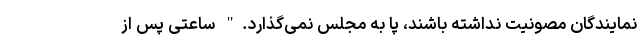
نمایندگان مصونیت نداشته باشند، پا به مجلس نمی‌گذارد." ساعتی پس از